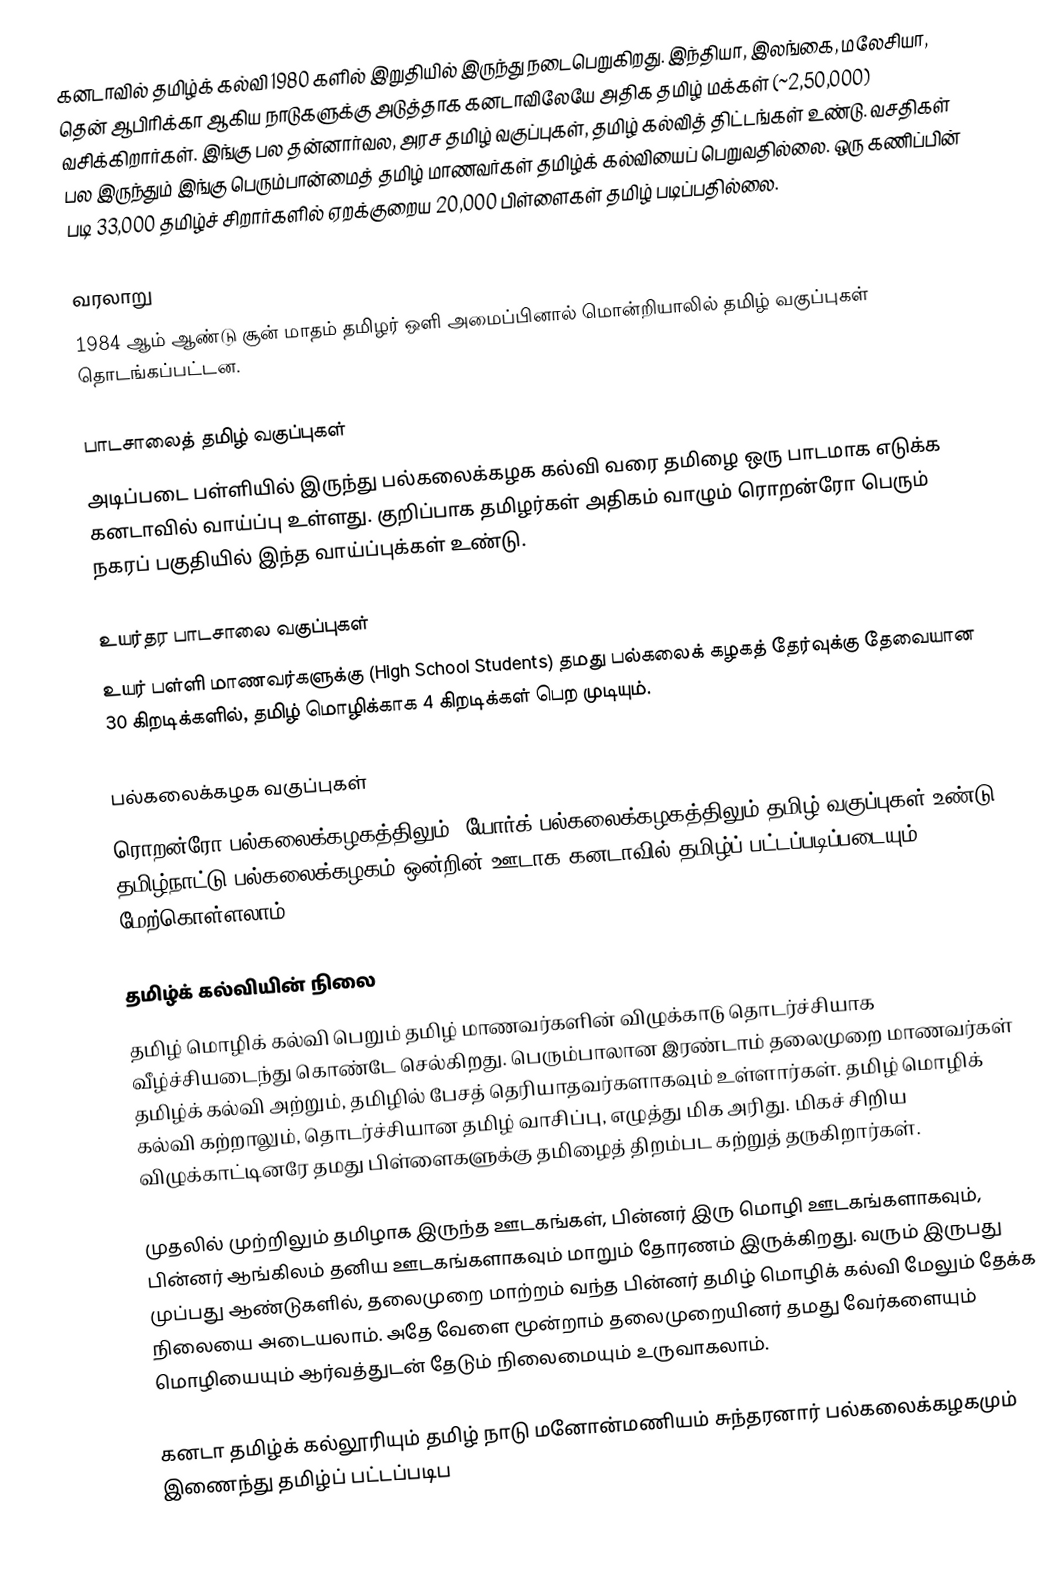
கனடாவில் தமிழ்க் கல்வி 1980 களில் இறுதியில் இருந்து நடைபெறுகிறது.  இந்தியா, இலங்கை, மலேசியா, தென் ஆபிரிக்கா ஆகிய நாடுகளுக்கு அடுத்தாக கனடாவிலேயே அதிக தமிழ் மக்கள் (~2,50,000) வசிக்கிறார்கள்.   இங்கு பல தன்னார்வல, அரச தமிழ் வகுப்புகள், தமிழ் கல்வித் திட்டங்கள் உண்டு.  வசதிகள் பல இருந்தும் இங்கு பெரும்பான்மைத் தமிழ் மாணவர்கள் தமிழ்க் கல்வியைப் பெறுவதில்லை.  ஒரு கணிப்பின் படி 33,000 தமிழ்ச் சிறார்களில் ஏறக்குறைய 20,000 பிள்ளைகள் தமிழ் படிப்பதில்லை.

வரலாறு
1984 ஆம் ஆண்டு சூன் மாதம் தமிழர் ஒளி அமைப்பினால் மொன்றியாலில் தமிழ் வகுப்புகள் தொடங்கப்பட்டன.

பாடசாலைத் தமிழ் வகுப்புகள்
அடிப்படை பள்ளியில் இருந்து பல்கலைக்கழக கல்வி வரை தமிழை ஒரு பாடமாக எடுக்க கனடாவில் வாய்ப்பு உள்ளது.  குறிப்பாக தமிழர்கள் அதிகம் வாழும் ரொறன்ரோ பெரும் நகரப் பகுதியில் இந்த வாய்ப்புக்கள் உண்டு.

உயர்தர பாடசாலை வகுப்புகள்
உயர் பள்ளி மாணவர்களுக்கு (High School Students) தமது பல்கலைக் கழகத் தேர்வுக்கு தேவையான 30 கிறடிக்களில், தமிழ் மொழிக்காக 4 கிறடிக்கள் பெற முடியும்.

பல்கலைக்கழக வகுப்புகள்
ரொறன்ரோ பல்கலைக்கழகத்திலும், யோர்க் பல்கலைக்கழகத்திலும் தமிழ் வகுப்புகள் உண்டு.  தமிழ்நாட்டு பல்கலைக்கழகம் ஒன்றின் ஊடாக கனடாவில் தமிழ்ப் பட்டப்படிப்படையும் மேற்கொள்ளலாம்.

தமிழ்க் கல்வியின் நிலை
தமிழ் மொழிக் கல்வி பெறும் தமிழ் மாணவர்களின் விழுக்காடு தொடர்ச்சியாக வீழ்ச்சியடைந்து கொண்டே செல்கிறது.  பெரும்பாலான இரண்டாம் தலைமுறை மாணவர்கள் தமிழ்க் கல்வி அற்றும், தமிழில் பேசத் தெரியாதவர்களாகவும் உள்ளார்கள்.  தமிழ் மொழிக் கல்வி கற்றாலும், தொடர்ச்சியான தமிழ் வாசிப்பு, எழுத்து மிக அரிது.  மிகச் சிறிய விழுக்காட்டினரே தமது பிள்ளைகளுக்கு தமிழைத் திறம்பட கற்றுத் தருகிறார்கள்.

முதலில் முற்றிலும் தமிழாக இருந்த ஊடகங்கள், பின்னர் இரு மொழி ஊடகங்களாகவும், பின்னர் ஆங்கிலம் தனிய ஊடகங்களாகவும் மாறும் தோரணம் இருக்கிறது.  வரும் இருபது முப்பது ஆண்டுகளில், தலைமுறை மாற்றம் வந்த பின்னர் தமிழ் மொழிக் கல்வி மேலும் தேக்க நிலையை அடையலாம்.  அதே வேளை மூன்றாம் தலைமுறையினர் தமது வேர்களையும் மொழியையும் ஆர்வத்துடன் தேடும் நிலைமையும் உருவாகலாம்.

கனடா தமிழ்க் கல்லூரியும் தமிழ் நாடு மனோன்மணியம் சுந்தரனார் பல்கலைக்கழகமும் இணைந்து தமிழ்ப் பட்டப்படிப